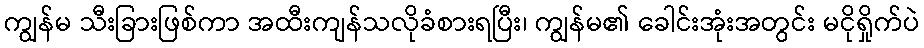
ကျွန်မ သီးခြားဖြစ်ကာ အထီးကျန်သလိုခံစားရပြီး၊ ကျွန်မ၏ ခေါင်းအုံးအတွင်း မငိုရှိုက်ပဲ